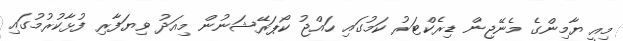
މިއީ ޔާމިންގެ މެނޭޖިން ޑިރެކްޓަރު ކަމުގައި ހައްޖު ކޯޕަރޭޝަނުން މިއަދު ވިޔަފާރި ފުޅާކުރުމުގައި